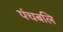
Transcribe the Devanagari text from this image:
पंचबलि